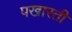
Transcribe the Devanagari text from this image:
पखारती